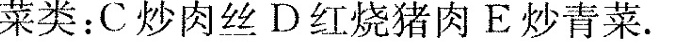
菜类：C炒肉丝D红烧猪肉E炒青菜。